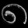
Digit: ၈